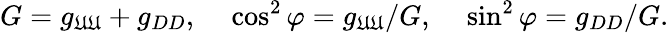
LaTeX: G=g_{\mathfrak{U}\mathfrak{U}}+g_{DD},\ \ \ \ \cos^{2}\varphi=g_{\mathfrak{U}\mathfrak{U}}/G,\ \ \ \ \sin^{2}\varphi=g_{DD}/G.